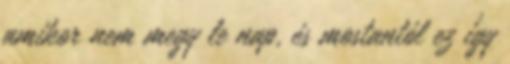
amikor nem megy le nap, és mostantól ez így